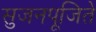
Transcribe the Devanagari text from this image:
सुजनपूजिते